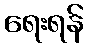
ရေးရန်